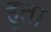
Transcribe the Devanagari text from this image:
हूता